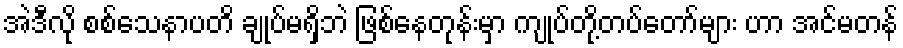
အဲဒီလို စစ်သေနာပတိ ချုပ်မရှိဘဲ ဖြစ်နေတုန်းမှာ ကျုပ်တို့တပ်တော်များ ဟာ အင်မတန်